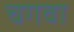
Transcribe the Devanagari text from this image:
चगवा